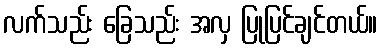
လက်သည်း ခြေသည်း အလှ ပြုပြင်ချင်တယ်။